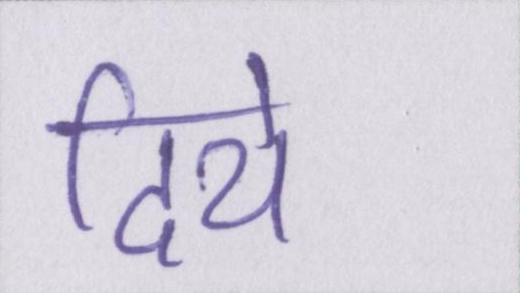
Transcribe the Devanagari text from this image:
दिये